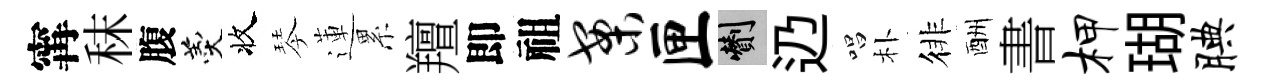
𡩋秣腹羹收琴蓮累羶即祖案匣剪辸唱朴徘酬書柙瑚腆